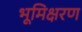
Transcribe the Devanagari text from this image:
भूमिक्षरण